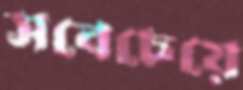
সবেচেয়ে